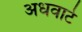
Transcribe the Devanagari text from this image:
अधवाटे